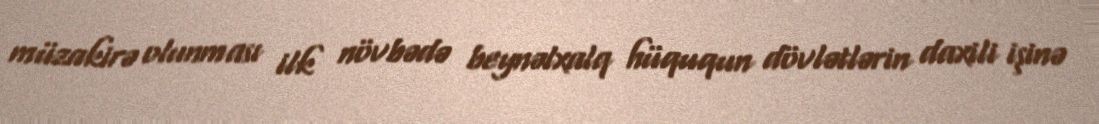
müzakirə olunması ilk növbədə beynəlxalq hüququn dövlətlərin daxili işinə